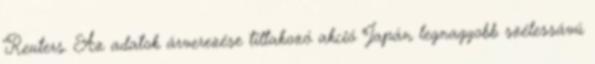
Reuters. Az adatok árverezése tiltakozó akció Japán legnagyobb szélessávú